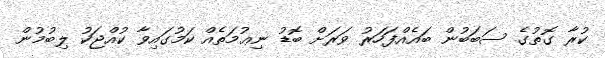
ކުރާ ގޮތުގެ ސަބަބުން ބައެއްފަހަރު ވަރަށް ބޮޑު ނިޢުމަތެއް ކަމުގައިވާ ކުއްޖަކު ލިބުމުން